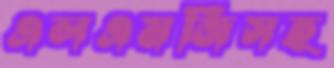
এলএমজিসহ